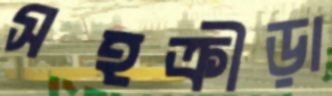
সহক্রীড়া